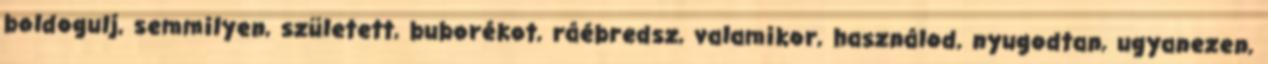
boldogulj, semmilyen, született, buborékot, ráébredsz, valamikor, használod, nyugodtan, ugyanezen,